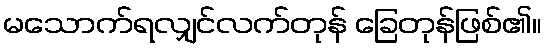
မသောက်ရလျှင်လက်တုန် ခြေတုန်ဖြစ်၏။